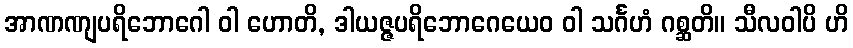
အာဏဏျပရိဘောဂေါ ဝါ ဟောတိ, ဒါယဇ္ဇပရိဘောဂေယေဝ ဝါ သင်္ဂဟံ ဂစ္ဆတိ။ သီလဝါပိ ဟိ